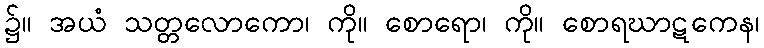
၌။ အယံ သတ္တလောကော၊ ကို။ စောရော၊ ကို။ စောရဃာဋကေန၊